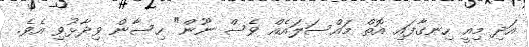
އަދި މިއީ ހިނގާފައި އޮތް މައްސަލައެއް ވެސް ނޫން" ހިސާން ވިދާޅުވި އެވެ.